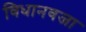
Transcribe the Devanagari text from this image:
विधानवजा